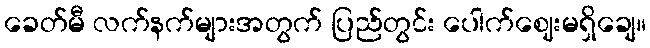
ခေတ်မီ လက်နက်များအတွက် ပြည်တွင်း ပေါက်ဈေးမရှိချေ။